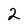
Character: 2